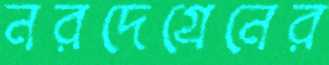
নরদেগ্রেনের